Annual report on the working of the lock hospitals in the Central Provinces
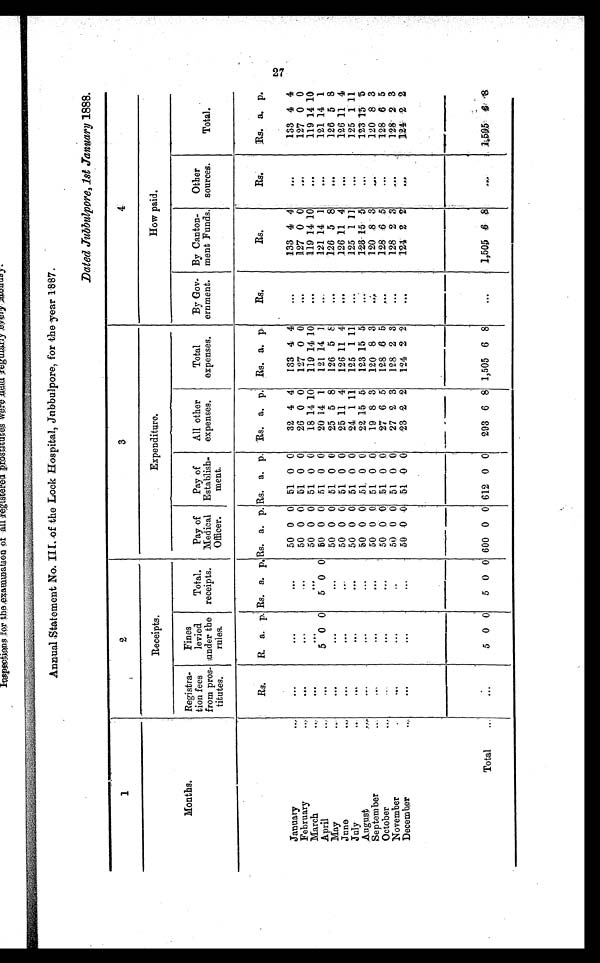
Annual Statement No. III. of the Lock Hospital, Jubbulpore, for the year 1887.
Dated Jubbulpore, 1st January 1888.
1
2
3
4
Months.
Receipts.
Expenditure.
How paid.
Registra-
tion fees
from pros-
titutes.
Fines
levied
under the
rules.
Total.
receipts.
Pay of
Medical
Officer.
Pay of
Establish-
ment.
All other
expenses.
Total
expenses.
By Gov-
ernment.
By Canton-
ment Funds.
Other
sources.
Total.
Rs.
R. a. p. Rs. a. p. Rs. a. p. Rs. a. p. Rs. a.
p.
Rs. a. p.
Rs.
Rs.
Rs.
Rs. a. p.
January
. . .
. . .
. . .
50 0 0 51 0 0
32 4 4
133 4 4
...
133 4 4
...
133 4 4
February
. . .
. . .
. . .
50 0 0 51 0 0
26 0 0
127 0 0
...
127 0 0
. . .
127 0 0
March
.
. . .
. . .
. . .
50 0 0 51 0 0
18 14 10
119 14 10
...
119 14 10
...
119 14 10
April
.
. . .
5 0 0
5 0 0 50 0 0 51 0 0
20 14 1
121 14 1
...
121 14 1
...
121 14 1
May
.
. . .
. . .
. . .
50 0 0 51 0 0
25 5 8
126 5
8
. . .
126 5 8
...
126 5 8
June
,
. . .
. . .
. . .
50 0 0 51 0 0
25 11 4
126 11 4
...
126 11 4
...
126 11 4
July
,
. . .
. . .
. . .
50 0 0 51 0 0
24 1 11
125 1 11
...
125 1 11
...
125
1 11
August
...
. . .
...
5 0 0 0 51 0 0
22 15 5
123 15 5
...
123 15
5
...
1 2 3 15 5
September
.
...
. . .
. . .
50 0 0 51 0 0
19 8 3
120 8 3
. . .
120 8 3
...
120 8 3
October
. ...
. . .
. . .
50 0
0 51 0 0
27 6 5
128 6 5
...
128 6 5
...
128 6 5
November
.
. . .
. . .
...
50 0 0 51 0 0
27 2 3
128 2 3
...
128 2 3
...
128 2 3
December
.
. . .
. . .
. . .
50 0 0 51 0 0
23 2 2
124 2 2
...
124 2 2
...
124 2 2
Total
. . .
5 0 0
5 0 0 600 0 0 612 0 0
293 6 8 1,505 6 8
...
1,505
6 8
. . . 1,505 6
8
27